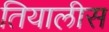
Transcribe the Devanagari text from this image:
तियालीस